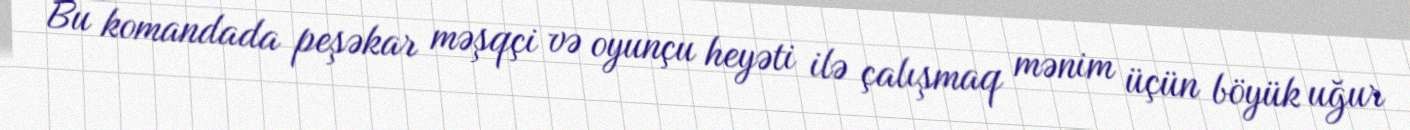
Bu komandada peşəkar məşqçi və oyunçu heyəti ilə çalışmaq mənim üçün böyük uğur